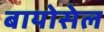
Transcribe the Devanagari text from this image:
बायोसेल